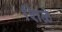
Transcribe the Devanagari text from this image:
शिळे